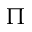
\Pi